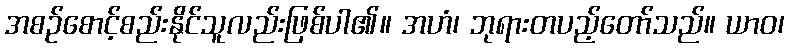
အစဉ်စောင့်စည်းနိုင်သူလည်းဖြစ်ပါ၏။ အဟံ၊ ဘုရားတပည့်တော်သည်။ ယာဝ၊